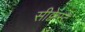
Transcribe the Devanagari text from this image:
सीक्वेस्ट